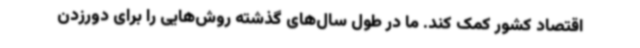
اقتصاد کشور کمک کند. ما در طول سال‌های گذشته روش‌هایی را برای دورزدن